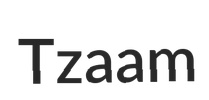
Tzaam